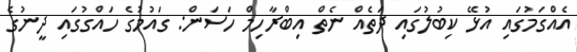
އެއްގަމުގައި އުޅޭ ކިބުލުގައި ދަތެއް ނެތް އިބްރާހިމް ހަސަން: ގައުމުގެ ހައްގުގައި ދީނުގެ